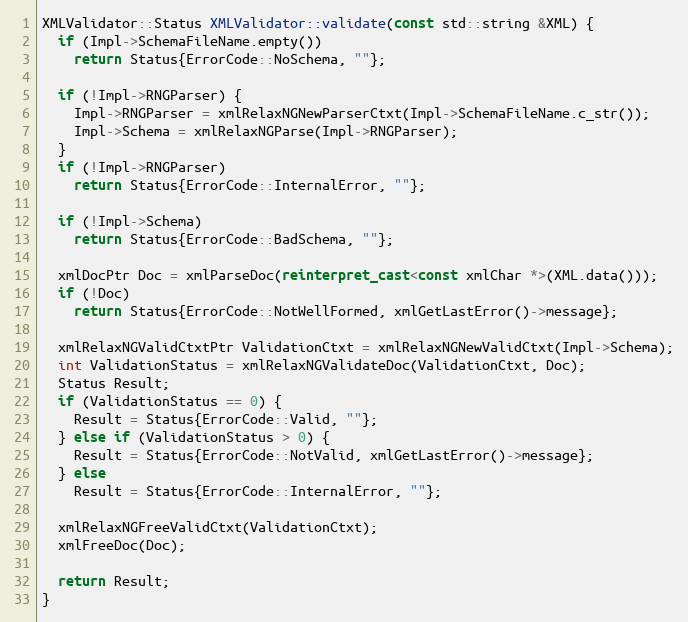
Language: C++
XMLValidator::Status XMLValidator::validate(const std::string &XML) {
  if (Impl->SchemaFileName.empty())
    return Status{ErrorCode::NoSchema, ""};

  if (!Impl->RNGParser) {
    Impl->RNGParser = xmlRelaxNGNewParserCtxt(Impl->SchemaFileName.c_str());
    Impl->Schema = xmlRelaxNGParse(Impl->RNGParser);
  }
  if (!Impl->RNGParser)
    return Status{ErrorCode::InternalError, ""};

  if (!Impl->Schema)
    return Status{ErrorCode::BadSchema, ""};

  xmlDocPtr Doc = xmlParseDoc(reinterpret_cast<const xmlChar *>(XML.data()));
  if (!Doc)
    return Status{ErrorCode::NotWellFormed, xmlGetLastError()->message};

  xmlRelaxNGValidCtxtPtr ValidationCtxt = xmlRelaxNGNewValidCtxt(Impl->Schema);
  int ValidationStatus = xmlRelaxNGValidateDoc(ValidationCtxt, Doc);
  Status Result;
  if (ValidationStatus == 0) {
    Result = Status{ErrorCode::Valid, ""};
  } else if (ValidationStatus > 0) {
    Result = Status{ErrorCode::NotValid, xmlGetLastError()->message};
  } else
    Result = Status{ErrorCode::InternalError, ""};

  xmlRelaxNGFreeValidCtxt(ValidationCtxt);
  xmlFreeDoc(Doc);

  return Result;
}